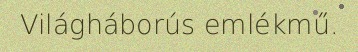
Világháborús emlékmű.